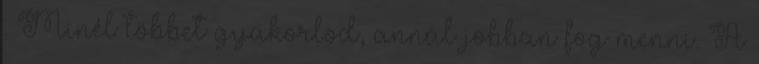
. Minél többet gyakorlod, annál jobban fog menni. A